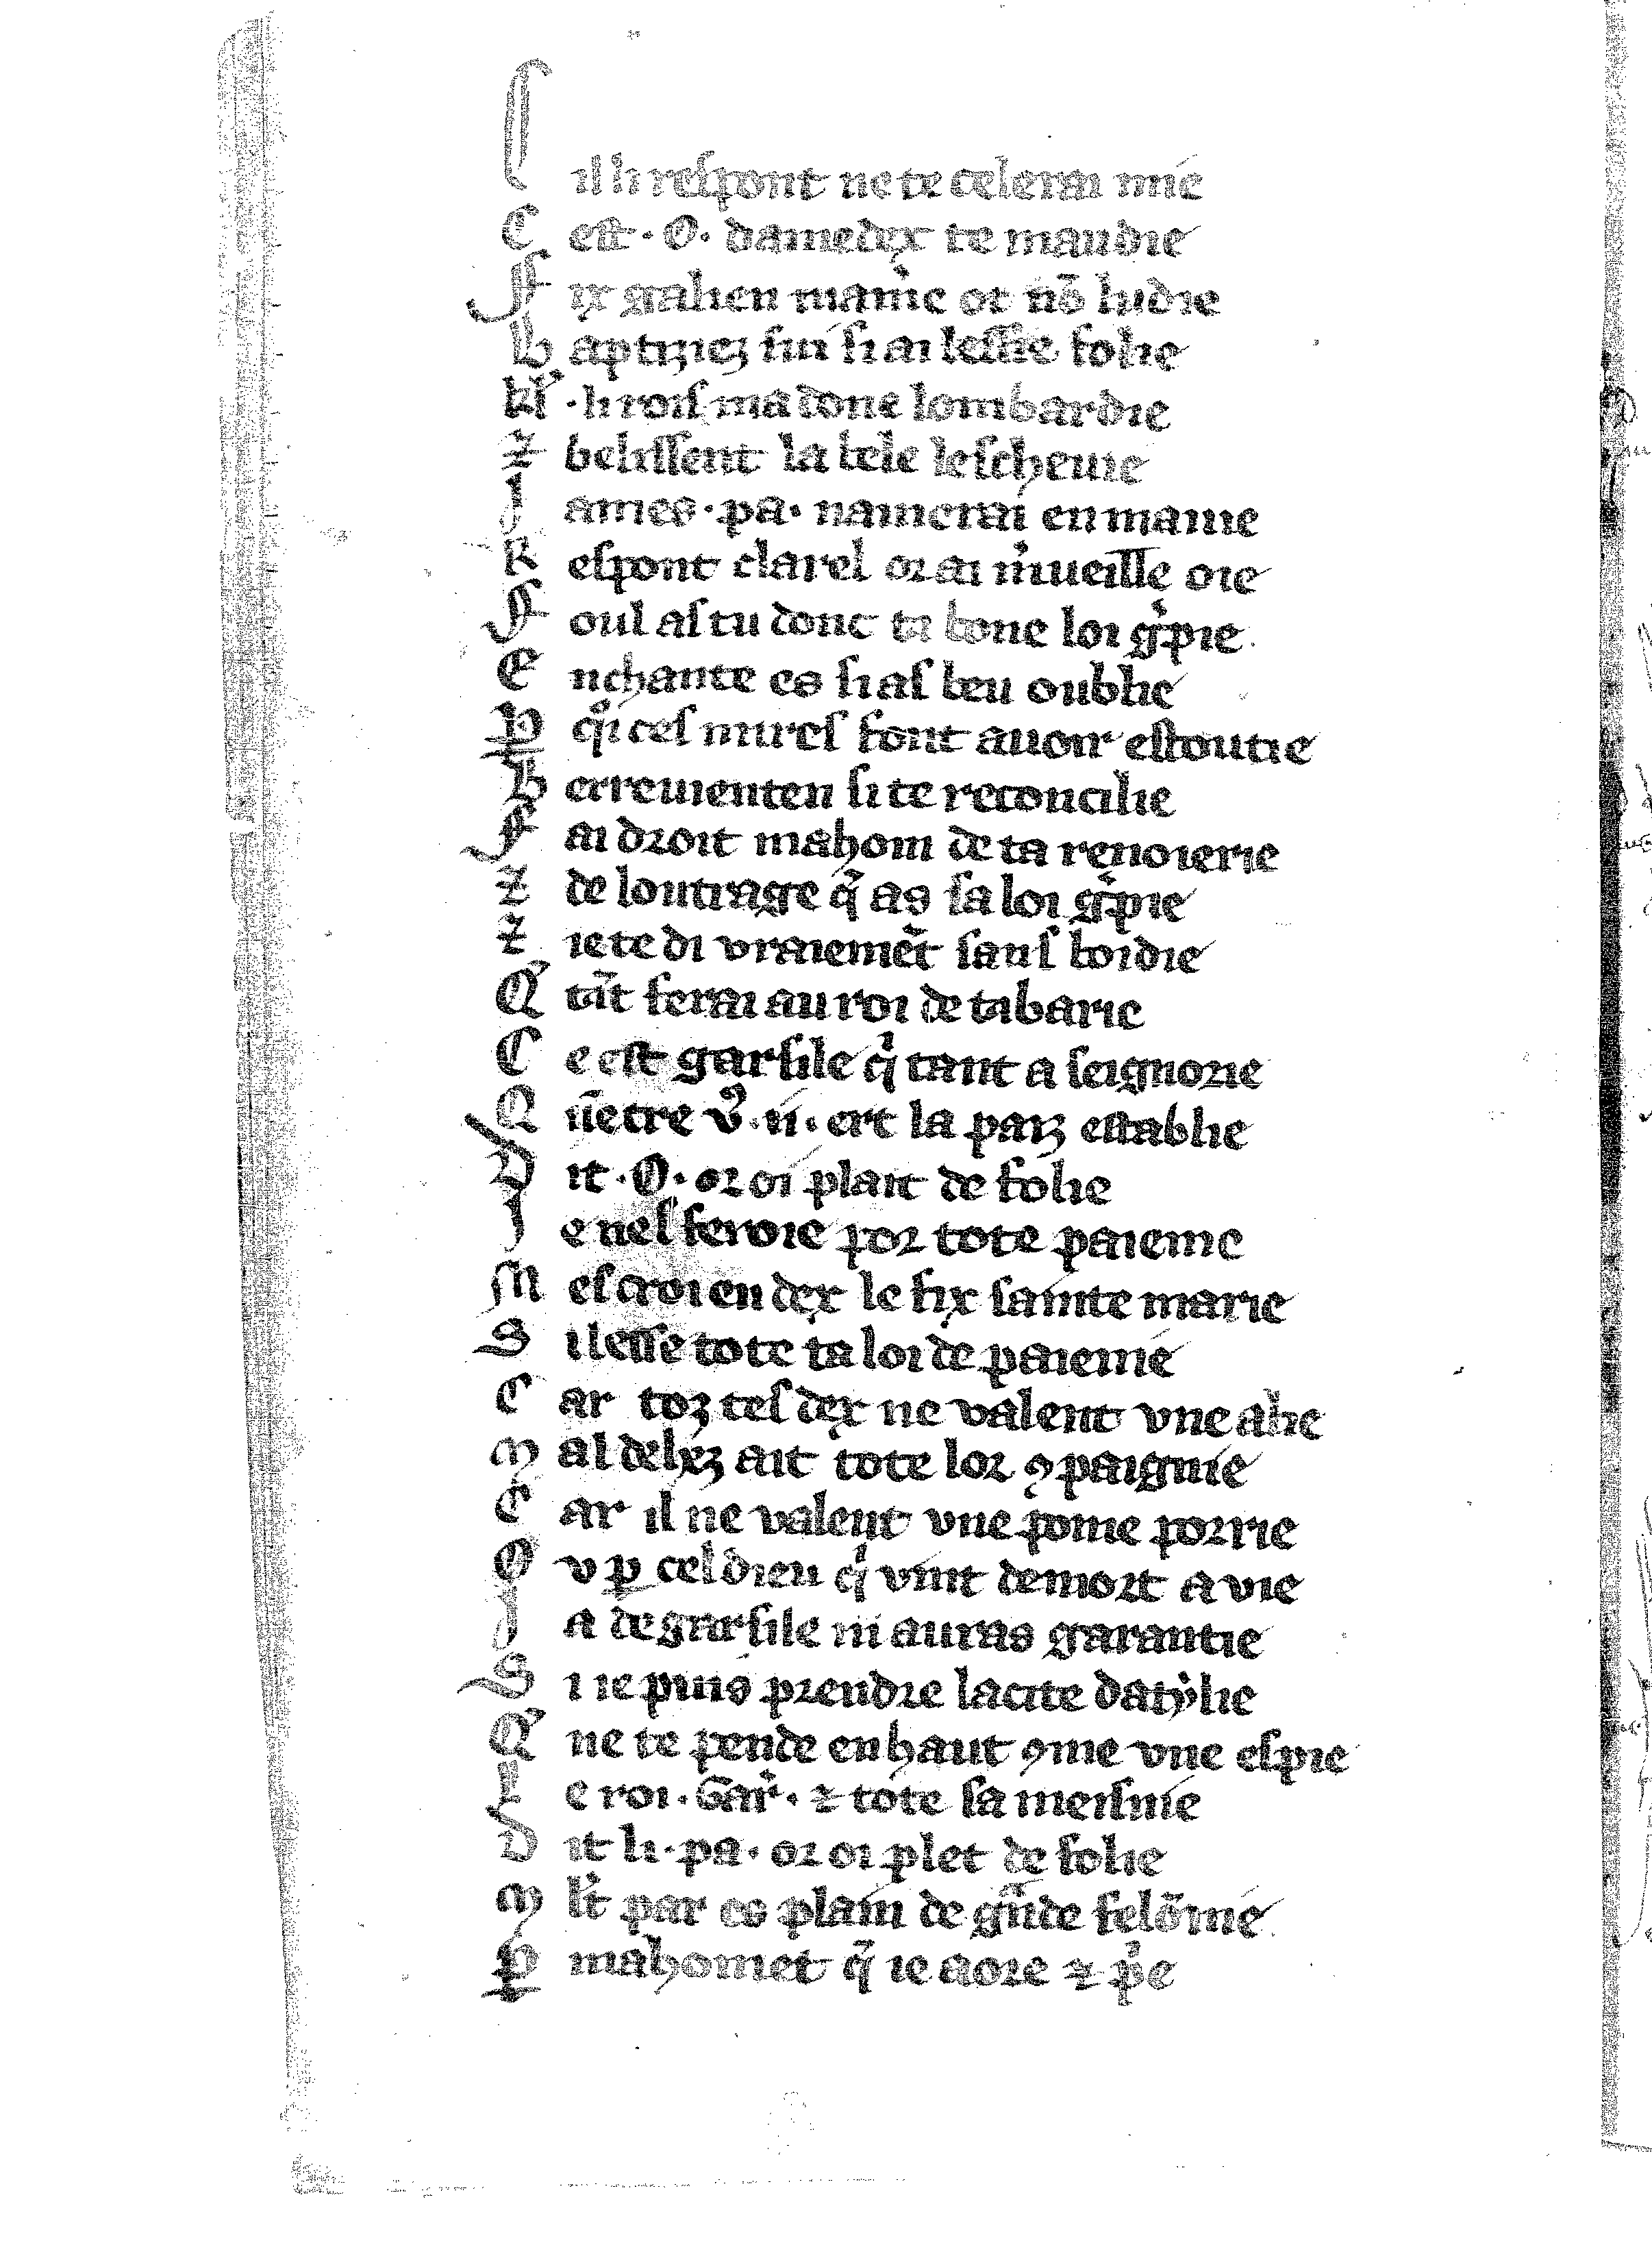
Shelfmark: Vatican, Biblioteca apostolica vaticana, Reg.lat. 1616
Century: 14